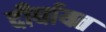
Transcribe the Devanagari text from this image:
दीर्घायत